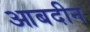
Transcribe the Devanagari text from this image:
आबदीन